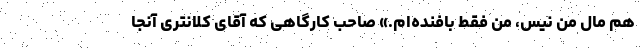
هم مال من نیس، من فقط بافنده‌ام.» صاحب کارگاهی که آقای کلانتری آنجا